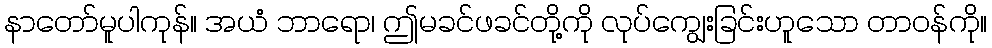
နာတော်မူပါကုန်။ အယံ ဘာရော၊ ဤမခင်ဖခင်တို့ကို လုပ်ကျွေးခြင်းဟူသော တာဝန်ကို။